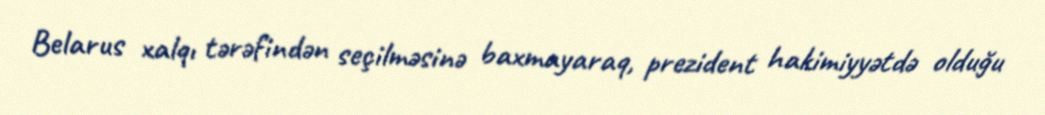
Belarus xalqı tərəfindən seçilməsinə baxmayaraq, prezident hakimiyyətdə olduğu